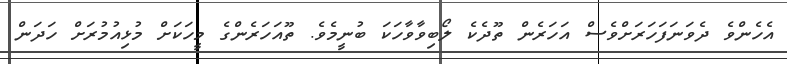
އެހެންވެ ދެވަނަފަހަރަށްވެސް އަހަރެން ތޫދެކެ ލޯބިވާވާހަކަ ބުނީމެވެ. ތޫއަހަރެންގެ މީހަކަށް މުޅިއުމުރަށް ހަދަން